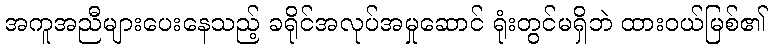
အကူအညီများပေးနေသည့် ခရိုင်အလုပ်အမှုဆောင် ရုံးတွင်မရှိဘဲ ထားဝယ်မြစ်၏